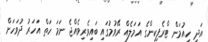
އަދި ހިއުމަން ޓްރެފިކިންގެ އަމަލެއް ރޭވުމުގައި ބައިވެރިވެއްޖެ ނަމަ ހަތް އަހަރު ދުވަހަށް